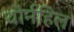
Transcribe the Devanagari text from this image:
थोर्नहिल